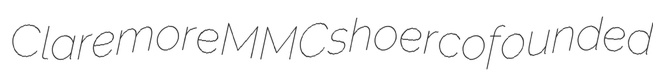
Claremore MMC shoer cofounded